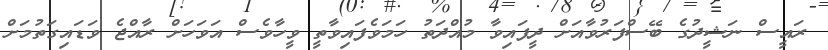
ރައީސް ނަޝީދުގެ ބޭސްފަރުވާއަށް ދީފައިވާ މުއްދަތު ހަމަވެފައިވާތީ ވީހާވެސް އަވަހަށް ރާއްޖެ ވަޑައިގަތުމަށް